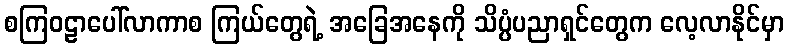
စကြဝဠာပေါ်လာကာစ ကြယ်တွေရဲ့ အခြေအနေကို သိပ္ပံပညာရှင်တွေက လေ့လာနိုင်မှာ